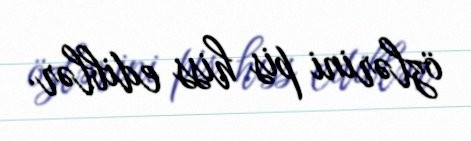
özlərini pis hiss ediblər.